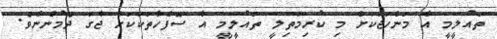
ތައުލީމީ އާ މަންހަޖަކަށް މި ކުރިމަތިލީ ތައުލީމީ އާ ސޮފްހާތަކަކަށް ޖާގަ ދެމުންނެވެ.